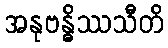
အနုဗန္ဓိဿသီတိ